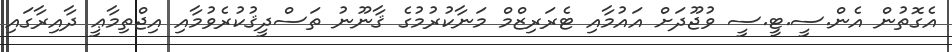
އެގޮތުން އެން.ސީ.ޓީ.ސީ ވުޖޫދަށް އައުމާއި ޓެރަރިޒްމް މަނާކުރުމުގެ ޤާނޫނު ތަސްދީޤުކުރެވުމާއި އިޖްތިމާޢީ ދާއިރާގައި